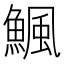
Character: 𩹥